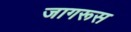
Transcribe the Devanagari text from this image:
जागरूस